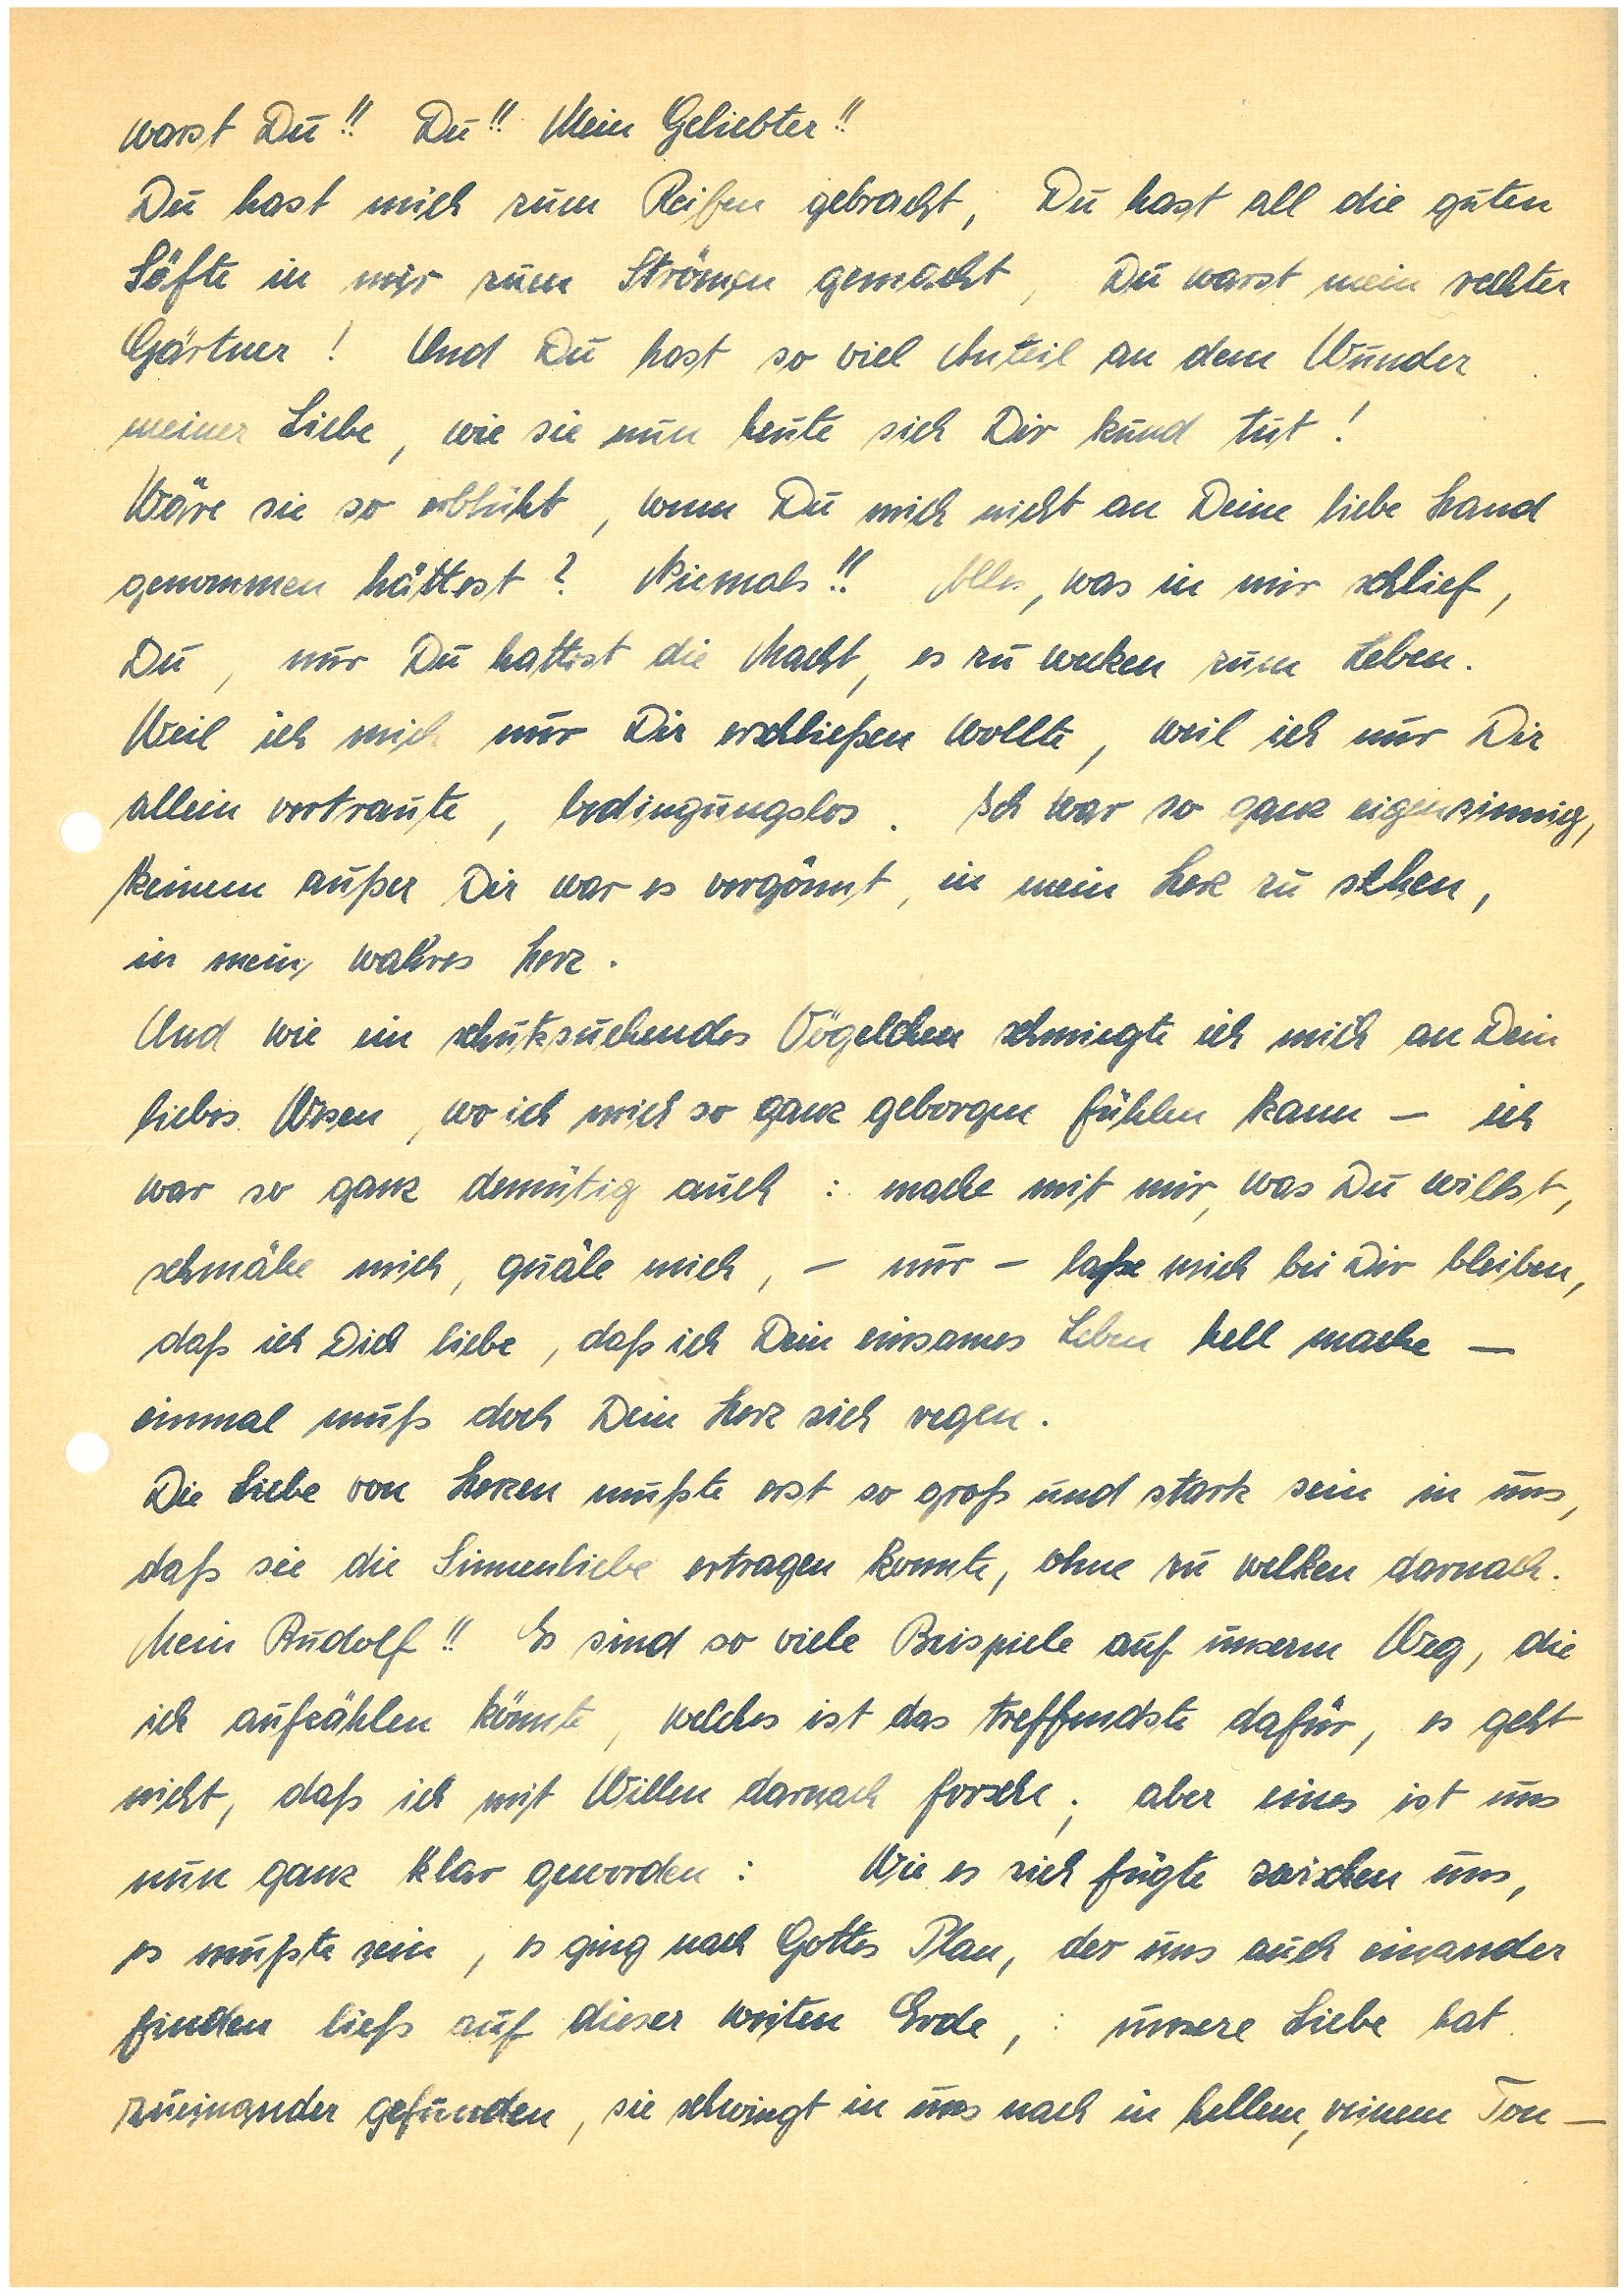
warst Du!! Mein Geliebter!!
Du hast mich zum Reifen gebracht, Du hast all die guten
Säfte in mir zum Strömen gemacht, Du warst mein rechter
Gärtner! Und Du hast so viel Anteil an dem Wunder
meiner Liebe, wie sie nun heute sich Dir kund tut!
Wäre sie so erblüht, wenn Du mich nicht an Deine liebe Hand
genommen hättest? Niemals!! Alles, was in mir schlief,
Du, nur Du hattest die Macht, es zu wecken zum Leben.
Weil ich mich nur Dir erschließen wollte, weil ich nur Dir
allein vertraute, bedingungslos. Ich war so ganz eigensinnig,
keinem außer Dir war es vergönnt, in mein Herz zu sehen,
in mein wahres Herz.
Und wie ein schutzsuchendes Vögelchen schmiegte ich mich an Dein
liebes Wesen, wo ich mich so ganz geborgen fühlen kann – ich
war so ganz demütig auch: mache mit mir, was Du willst,
schmähe mich, quäle mich, – nur – laße mich bei Dir bleiben,
daß ich Dich liebe, daß ich Dein einsames Leben hell mache –
einmal muß doch Dein Herz sich regen.
Die Liebe von Herzen mußte erst so groß und stark sein in uns,
daß sie die Sinnenliebe ertragen konnte, ohne zu welken danach.
Mein!! Es sind so viele Beispiele auf unserem Weg, die
ich aufzählen könnte, welches ist das treffendste dafür, es geht
nicht, daß ich mit Willen danach forsche; aber eines ist uns nun
ganz klar geworden: Wie es sich fügte zwischen uns,
es mußte sein, es ging nach Gottes Plan, der uns auch einander
finden ließ auf dieser weiten Erde,: unsere Liebe hat
zueinander gefunden, sie schwingt in uns nach in hellem, reinem Ton –